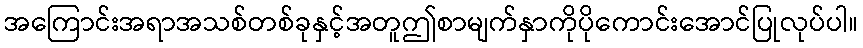
အကြောင်းအရာအသစ်တစ်ခုနှင့်အတူဤစာမျက်နှာကိုပိုကောင်းအောင်ပြုလုပ်ပါ။